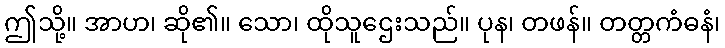
ဤသို့။ အာဟ၊ ဆို၏။ သော၊ ထိုသူဌေးသည်။ ပုန၊ တဖန်။ တတ္တကံဓနံ၊